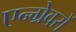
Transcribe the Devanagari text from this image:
एन्ग्रेवरों